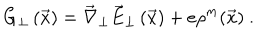
LaTeX: G _ { \perp } \left( \vec { x } \right) = \vec { \nabla } _ { \perp } \vec { E } _ { \perp } \left( \vec { x } \right) + e \rho ^ { m } ( \vec { x } ) \ .